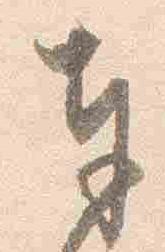
奉